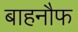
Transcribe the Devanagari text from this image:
बाहनौफ